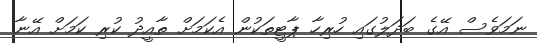
ނަމަވެސް އޭގެ ބަދަލުގައި ހުރިހާ ޕާޓީތަކުން އެކަމަށް ތާއީދު ކުރި ކަމަށް އޭނާ